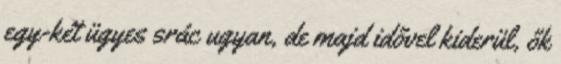
egy-két ügyes srác ugyan, de majd idővel kiderül, ők